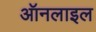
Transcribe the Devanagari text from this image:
ऑनलाइल